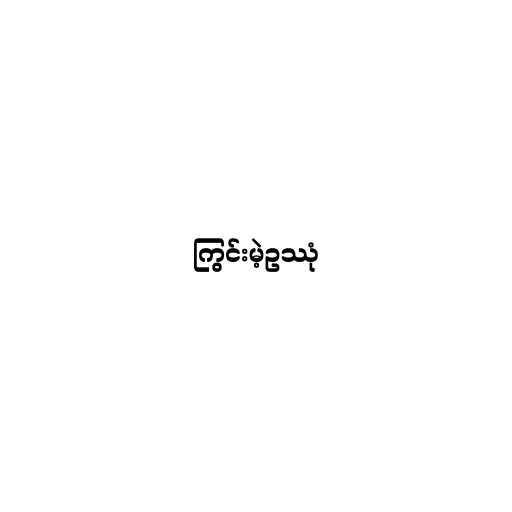
ကြွင်းမဲ့ဥဿုံ